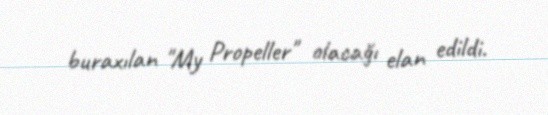
buraxılan "My Propeller" olacağı elan edildi.